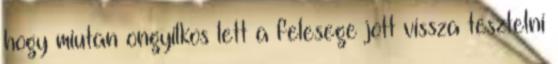
hogy miutan ongyilkos lett a felesege jott vissza tesztelni